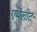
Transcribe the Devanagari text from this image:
एथेलीट